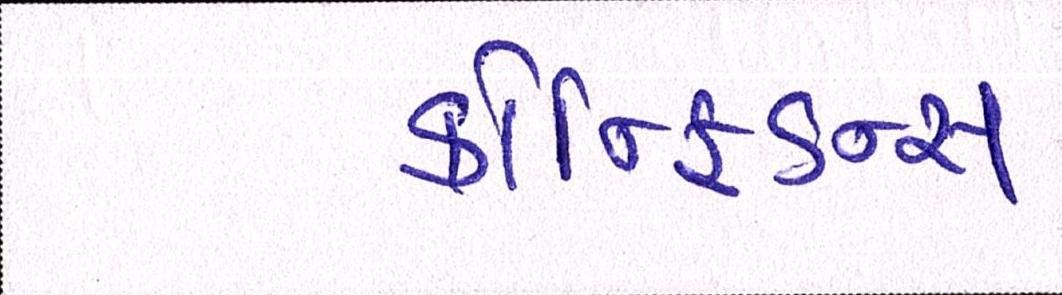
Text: કોન્ફિડન્સ